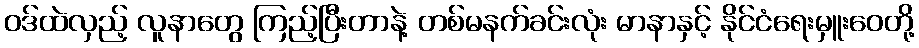
ဝဒ်ထဲလှည့် လူနာတွေ ကြည့်ပြီးတာနဲ့ တစ်မနက်ခင်းလုံး မာနာနှင့် နိုင်ငံရေးမှူးဝေတို့